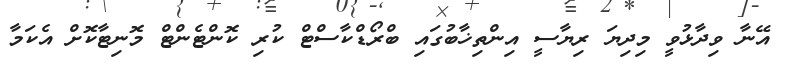
އޭނާ ވިދާޅުވީ މިދިޔަ ރިޔާސީ އިންތިޚާބުގައި ބްރޯޑްކާސްޓް ކުރި ކޮންޓެންޓް މޮނިޓާކޮށް އެކަމާ